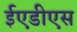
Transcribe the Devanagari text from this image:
ईएडीएस